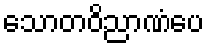
သောတဝိညာဏံပေ